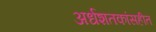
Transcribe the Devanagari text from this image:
अर्धशतकांसहीत